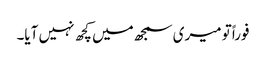
فوراً تو میری سمجھ میں کچھ نہیں آیا۔